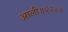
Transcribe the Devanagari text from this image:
आली॥२२०॥